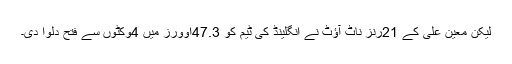
لیکن معین علی کے 21رنز ناٹ آؤٹ نے انگلینڈ کی ٹیم کو 47.3اَوورز میں 4وکٹوں سے فتح دلوا دی۔